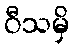
ဝီသမှိ